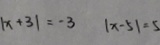
\vert x + 3 \vert = - 3 \vert x - 5 \vert = 5